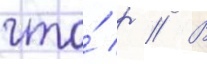
что́ р // В